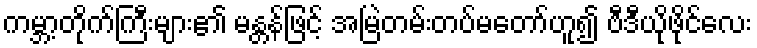
ကမ္ဘာ့တိုက်ကြီးများ၏ မန္တန်ဖြင့် အမြဲတမ်းတပ်မတော်ဟူ၍ ဗီဒီယိုဖိုင်လေး